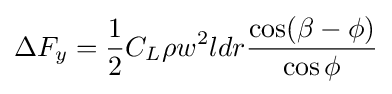
\Delta F_{y}={\frac {1}{2}}C_{L}\rho w^{2}ldr{\frac {\cos(\beta -\phi )}{\cos \phi }}